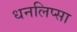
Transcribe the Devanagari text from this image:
धनलिप्सा